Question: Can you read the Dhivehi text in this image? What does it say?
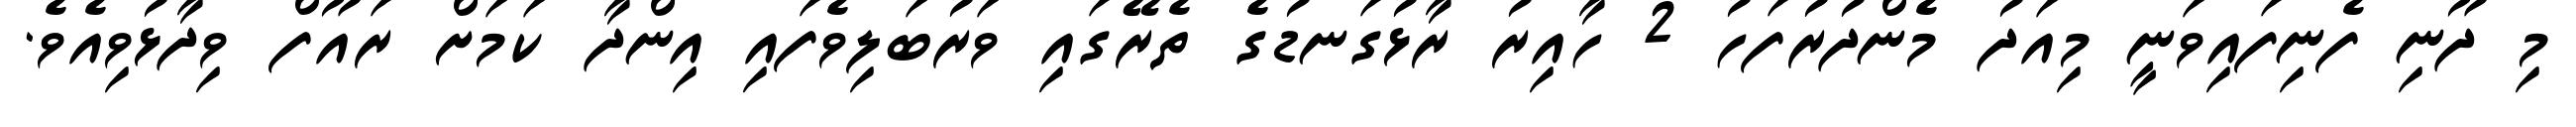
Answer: މި ދޫނި ފެނިފައިވަނީ މިއަދު މެންދުރުފަހު 2 ހާއިރު ރާޅުގަނޑުގެ ތެރޭގައި ވަރުބަލިވެފައި އިންދާ ކަމަށް ރައޫފް ވިދާޅުވިއެވެ.